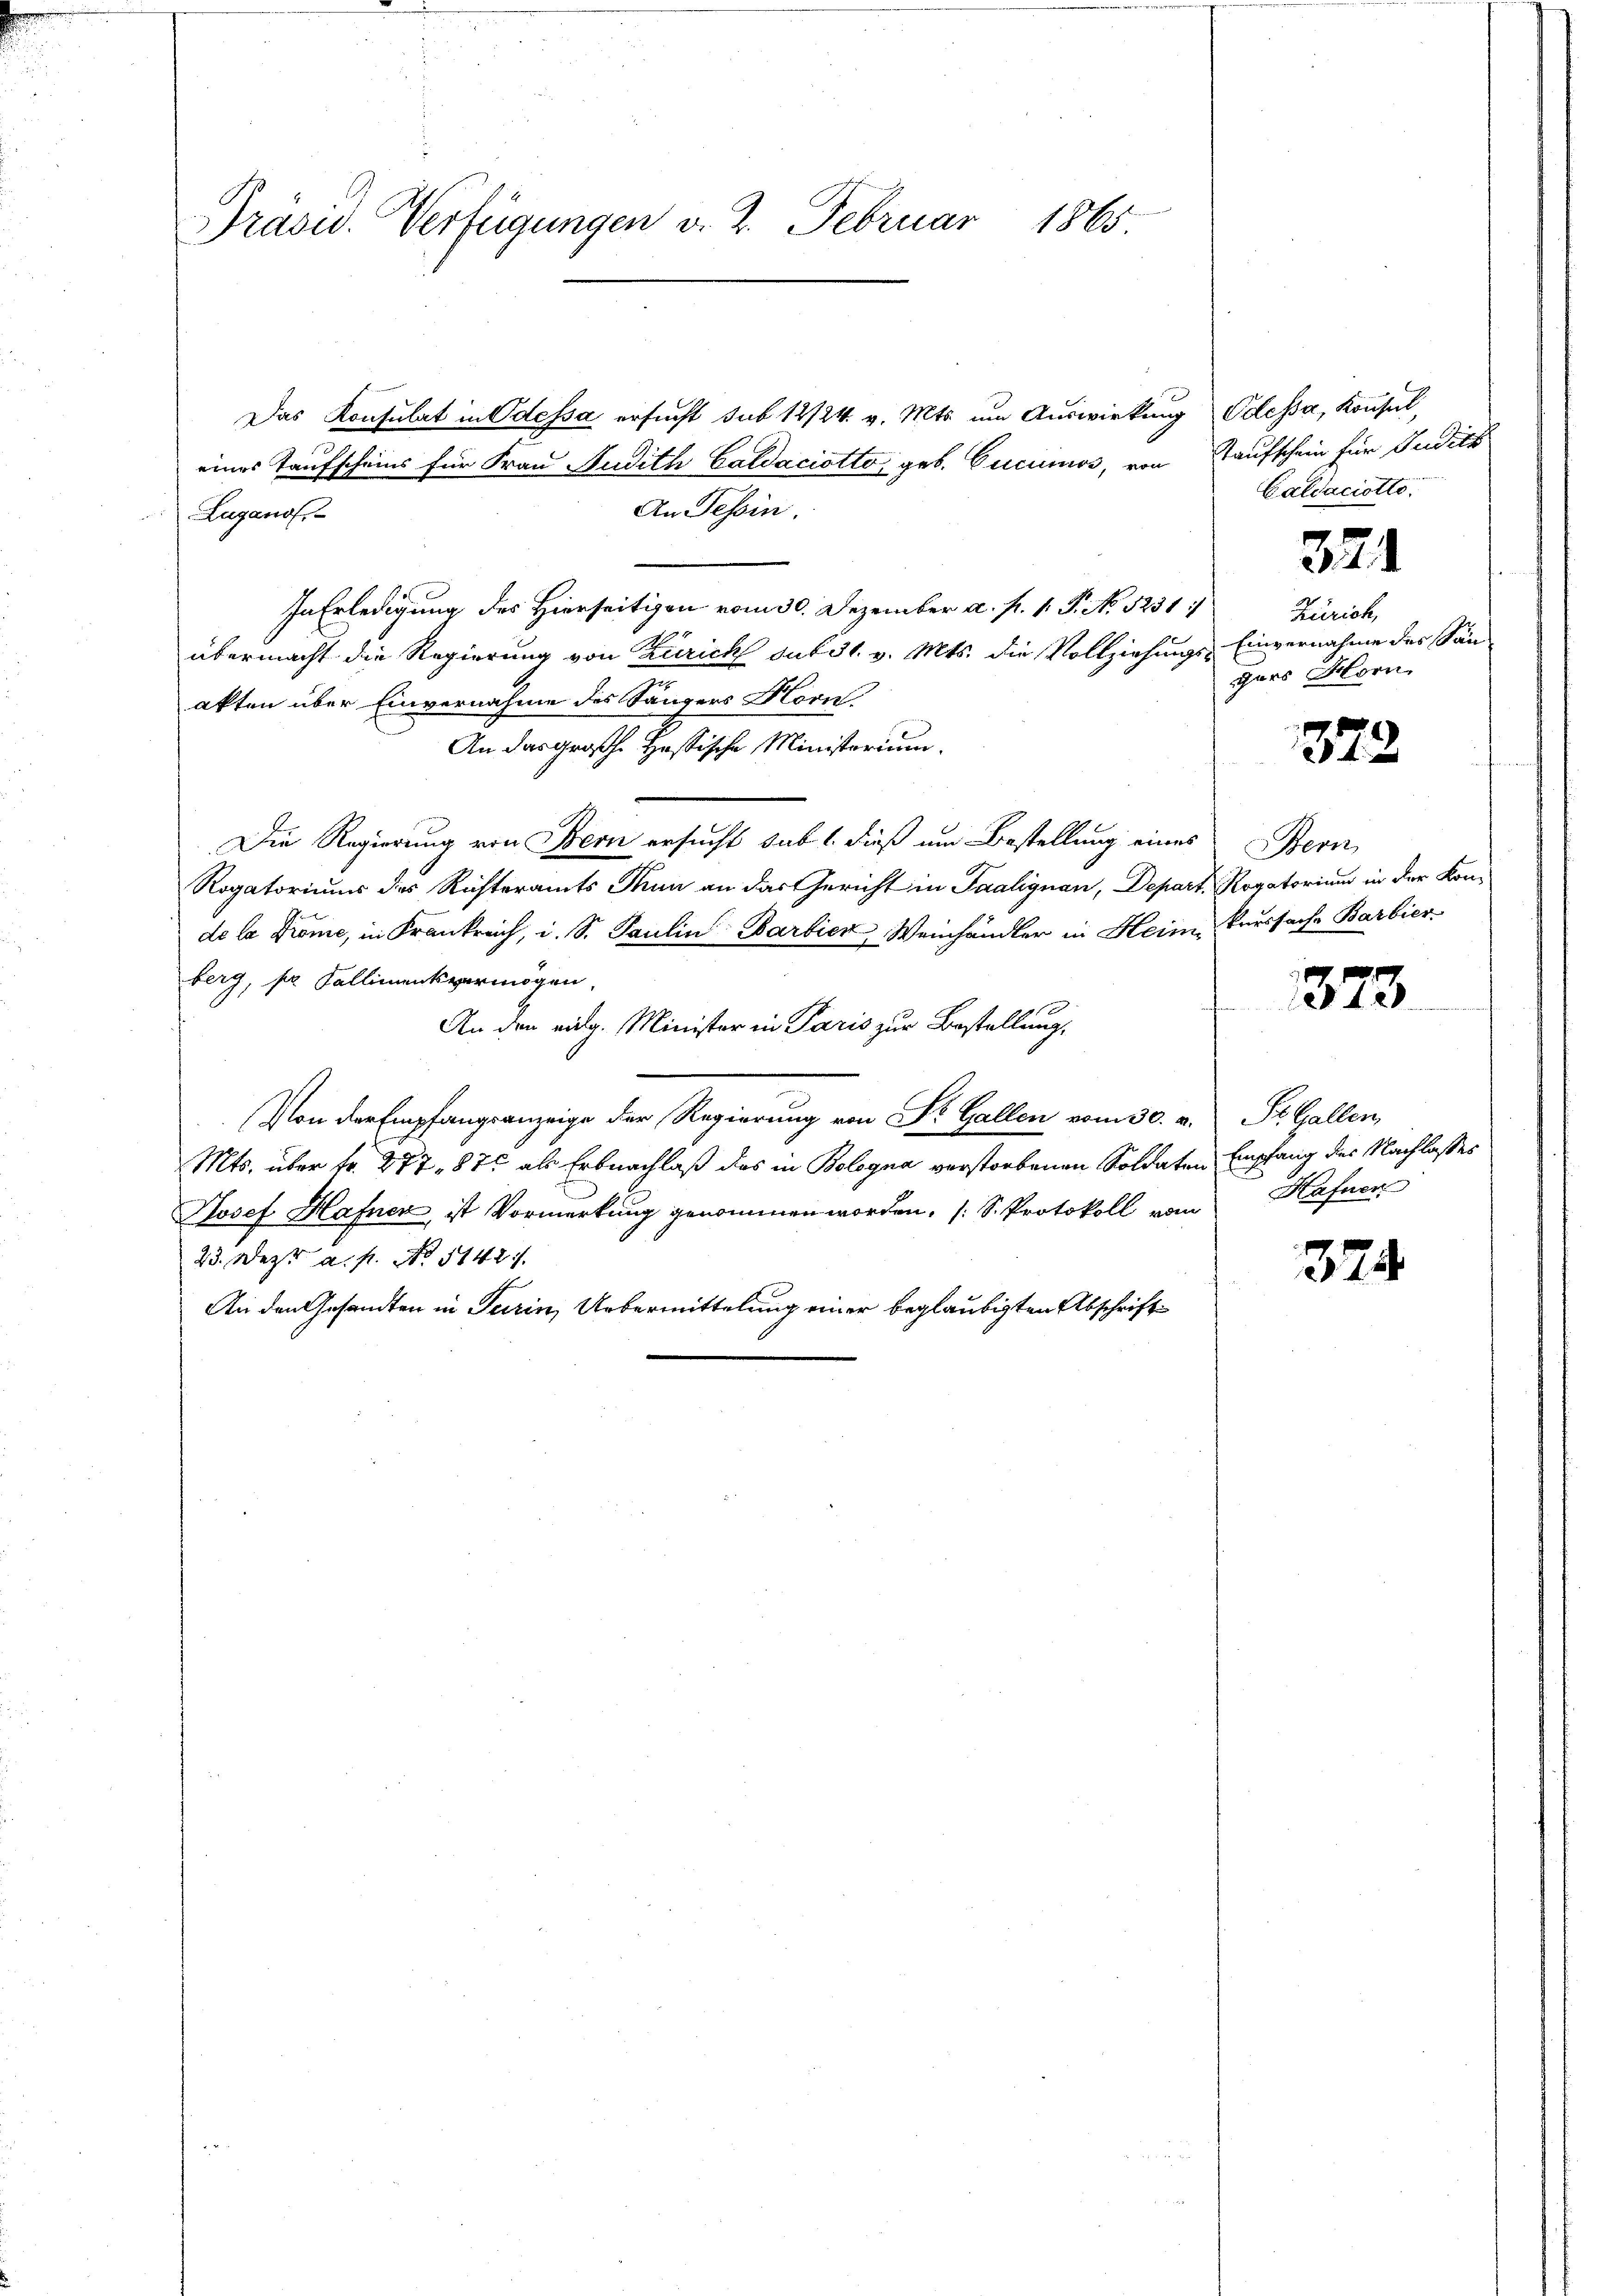
Präsid. Verfügungen v. 2. Februar 1865

Das Konsulat in Odessa ersucht sub 12/24. v. Mts. um Auswirkung Oelessa, Konsul,
eines Taufscheins für Frau Judith Caldaciotta, geb. Cucumos, von Kaufschein für Judits
An Tessin.
Lugano
In Erledigung des Hierseitigen vom 30. Dezember a. f. 1. P. No 1231
übermacht die Regierung von Zürich sub 31. v. Mts. die Vollziehungs-Einvernahme des Sän-
akten über Einvernahme des Sängers Horn
An das großh. Hassische Ministerium
Die Regierung von Bern ersucht sub 1. dieß um Bestellung eines Bern
Rogatorium des Richteramts Thun an das Gericht in Saalignen, Depart. Rogatorium in der Konde la Prome, in Krankreich, i. S. Paulin Barbier Weinhändler in Heim, Kaussache Barbier
berg, pr. Kallimentsvermögen,
An den eidg. Minister in Paris zur Bestellung,
Von der Empfangsanzeige der Regierung von Dr. Gallen vom 30. v. St. Gallen,
Mts. über fr. 277. 876 als Erbnachlaß das in Bologna verstorbenen Soldaten Empfang des Nachlasses
Josef Hafner, ist Vormerkung genommen worden. [S. Protokoll vom
23. Dez. a. p. No 1142
An den Gesandten in Turin, Uebermittelung einer beglaubigten Abschrift

Caldaciotto.

Zürich,
gars Horn

321

372

373

Hafner

374